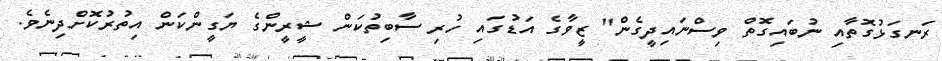
ރަނގަޅުގޮތާއި ނުބައިގޮތް ވިސްނައިދީގެން" ޒީވާގެ އަޑުގައި ހުރި ސާބިތުކަން ޝީރީންގެ ޔަގީންކަން އިތުރުކޮށްދިނެވެ.